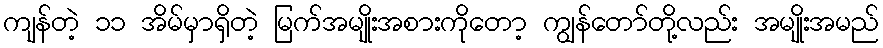
ကျန်တဲ့ ၁၁ အိမ်မှာရှိတဲ့ မြက်အမျိုးအစားကိုတော့ ကျွန်တော်တို့လည်း အမျိုးအမည်